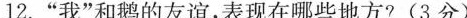
12.”我”和鹅的友谊，表现在哪些地方?(3分)